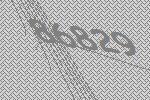
86829